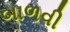
બાળવી